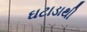
ઘટાડાથી